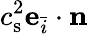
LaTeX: c_{\mathrm{s}}^{2}\mathbf{e}_{\bar{i}}\cdot\mathbf{n}